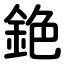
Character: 銫